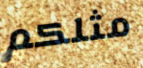
مثلكم